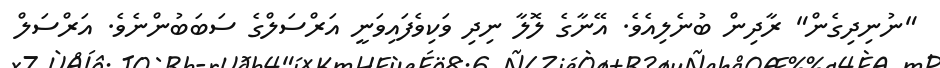
"ނުނިދިގެން" ރާދިން ބުނެލިއެވެ. އޭނާގެ ލޮލާ ނިދި ވަކިވެފައިވަނީ އަރްސަލްގެ ސަބަބުންނެވެ. އަރްސަލް